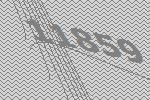
11859